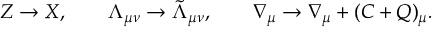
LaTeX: Z \rightarrow X , \qquad \Lambda _ { \mu \nu } \rightarrow \tilde { \Lambda } _ { \mu \nu } , \qquad \nabla _ { \mu } \rightarrow \nabla _ { \mu } + ( C + Q ) _ { \mu } .